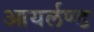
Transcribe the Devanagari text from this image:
आयर्लण्ड